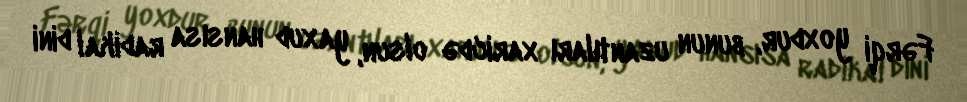
Fərqi yoxdur, bunun uzantıları xaricdə olsun, yaxud hansısa radikal dini